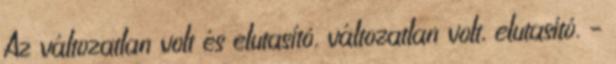
Az változatlan volt és elutasító. változatlan volt, elutasító. –